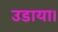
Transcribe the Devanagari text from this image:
उडाया।